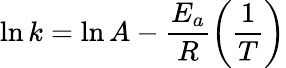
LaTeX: \ln{k}=\ln{A}-\frac{E_{a}}{R}\left(\frac{1}{T}\right)